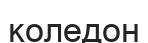
коледон